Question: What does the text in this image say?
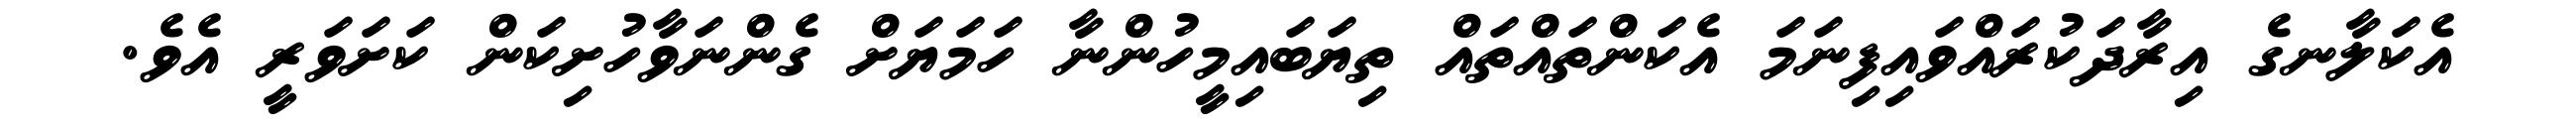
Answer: އެކަލާނގެ އިރާދަކުރައްވައިފިނަމަ އެކަންތައްތައް ތިޔަބައިމީހުންނާ ހަމަޔަށް ގެންނަވާހުށިކަން ކަށަވަރީ އެވެ.